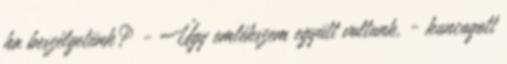
ha beszélgetünk? - Úgy emlékszem együtt voltunk, - kuncogott